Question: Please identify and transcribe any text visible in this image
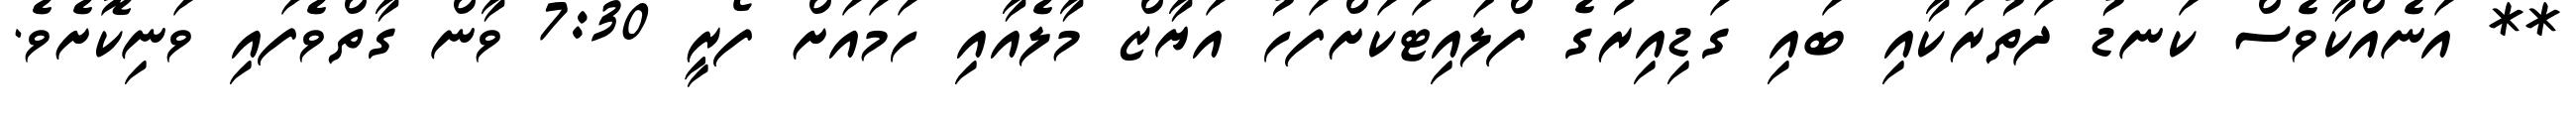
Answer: ** އަނެއްކާވެސް ކަނޑު ދަތުރަކާއި ބައި ގަޑިއިރުގެ ފްލައިޓަކަށްފަހު އަޔާޒް މާލެއާއި ހަމައަށް ފޯރީ 7:30 ވާން ގާތްވެފައި ވަނިކޮށެވެ.